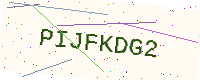
Text: PIJFKDG2